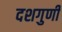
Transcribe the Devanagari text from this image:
दशगुणी